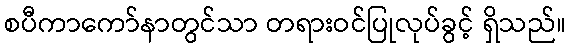
စပီကာကော်နာတွင်သာ တရားဝင်ပြုလုပ်ခွင့် ရှိသည်။